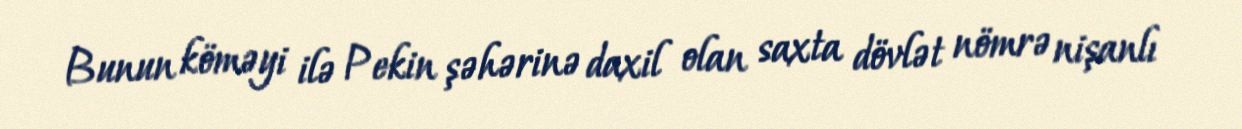
Bunun köməyi ilə Pekin şəhərinə daxil olan saxta dövlət nömrə nişanlı